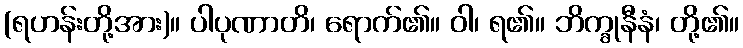
(ရဟန်းတို့အား)။ ပါပုဏာတိ၊ ရောက်၏။ ဝါ၊ ရ၏။ ဘိက္ခုနီနံ၊ တို့၏။